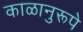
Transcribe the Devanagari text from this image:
काळानुरूपे